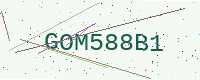
Text: GOM588B1